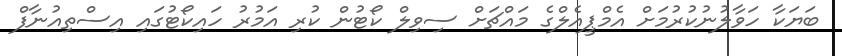
ބަޔަކާ ހަވާލުނުކުރުމަށް އެމްޕީއެލްގެ މައްޗަށް ސިވިލް ކޯޓުން ކުރި އަމުރު ހައިކޯޓުގައި އިސްތިއުނާފް